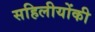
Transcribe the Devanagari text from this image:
सहिलीयोंकी